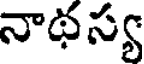
నాథస్య